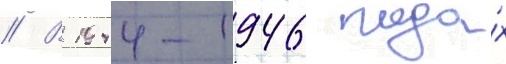
// В 1944-1946 года́х